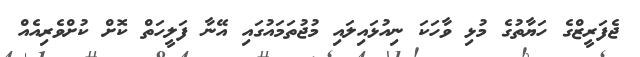
ޖެފަރީޒްގެ ހަޔާތުގެ މުޅި ވާހަކަ ނިއުޅައިލައި މުޖުތަމައުގައި އޭނާ ފަލީހަތް ކޮށް ކުށްވެރިއެއް